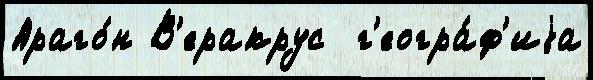
Араго́н В'еракрус  г'еогра́ф'иjа